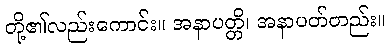
တို့၏လည်းကောင်း။ အနာပတ္တိ၊ အနာပတ်တည်း။